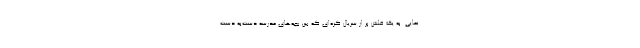
نمایی. به یک فلش پر از سریال کره‌ای که بین بچه‌های مدرسه دست‌به دست